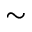
\sim